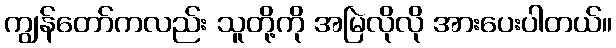
ကျွန်တော်ကလည်း သူတို့ကို အမြဲလိုလို အားပေးပါတယ်။